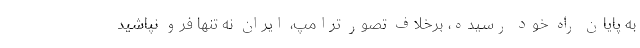
به پایان راه خود رسیده، برخلاف تصور ترامپ، ایران نه تنها فرو نپاشید